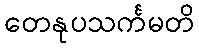
တေနုပသင်္ကမတိ